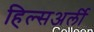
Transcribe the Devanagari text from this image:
हिल्सअर्ली